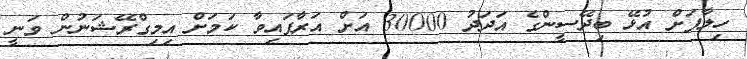
ހިލާފަށް އުޅޭ ބިދޭސީންގެ އަދަދު 30000 އަށް އަރާފައިވާ ކަމަށް އިމިގްރޭޝަނުން ވަނީ